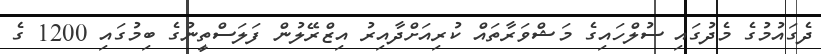
ދެގައުމުގެ މެދުގައި ސުލްހައިގެ މަޝްވަރާތައް ކުރިއަށްދާއިރު އިޒްރޭލުން ފަލަސްތީނުގެ ބިމުގައި 1200 ގެ